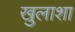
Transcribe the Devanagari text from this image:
खुलाशा